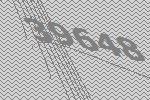
39648